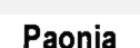
Paonia